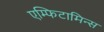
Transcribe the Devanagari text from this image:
एम्फिटामिन्स